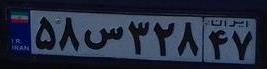
۵۸س۳۲۸۴۷